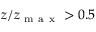
z / z _ { \mathrm { ~ m ~ a ~ x ~ } } > 0 . 5